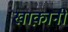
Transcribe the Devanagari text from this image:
खाक़ानी